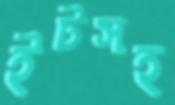
ইটসহ